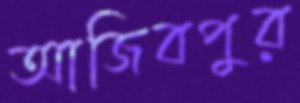
আজিবপুর